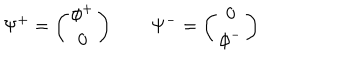
LaTeX: \Psi ^ { + } = \left( \begin{array} { c } { { \phi ^ { + } } } \\ { { 0 } } \\ \end{array} \right) \qquad \Psi ^ { - } = \left( \begin{array} { c } { { 0 } } \\ { { \phi ^ { - } } } \\ \end{array} \right)